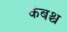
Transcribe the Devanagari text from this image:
कंबश्च